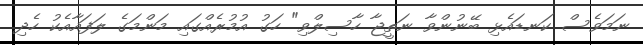
ނަމަވެސް ކަނޑައެޅި ބޭނުންވާ ނަތީޖާ ހާސިލްވި" ހަގު އުމުރެއްގައި މަންމަގެ ލަފައާއެކު ހެދި